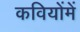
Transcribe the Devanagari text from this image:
कवियोंमें